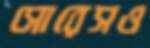
সোরেসও